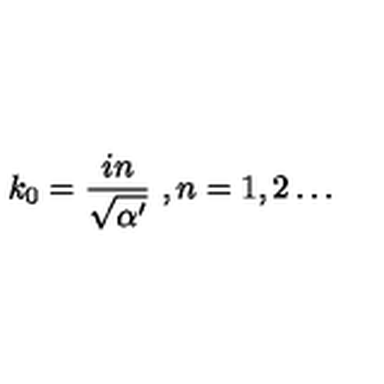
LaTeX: k _ { 0 } = \frac { i n } { \sqrt { \alpha ^ { \prime } } } \ , n = 1 , 2 \dots